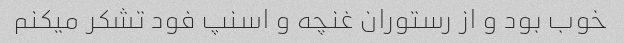
خوب بود و از رستوران غنچه و اسنپ فود تشکر میکنم